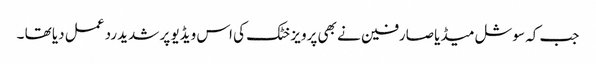
جب کہ سوشل میڈیا صارفین نے بھی پرویز خٹک کی اس ویڈیو پر شدید رد عمل دیا تھا ۔